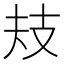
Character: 𢺻